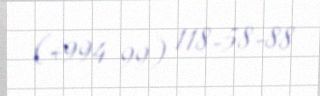
(+994 99) 118-58-88